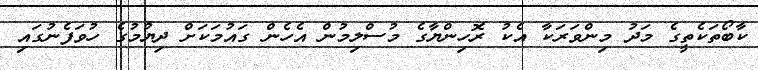
ކާބޯތަކެތީގެ މަދު މިންވަރަކާ އެކު ރޮހިންޔާގެ މުސްލިމުން އެހެން ގައުމަކަށް ދިޔުމުގެ ހުވަފެނުގައި